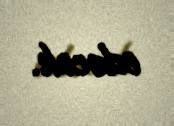
edəcək.